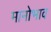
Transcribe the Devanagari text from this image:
मानोभाव